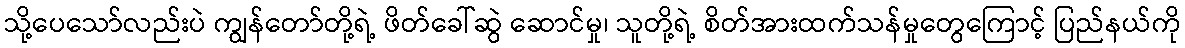
သို့ပေသော်လည်းပဲ ကျွန်တော်တို့ရဲ့ ဖိတ်ခေါ်ဆွဲ ဆောင်မှု၊ သူတို့ရဲ့ စိတ်အားထက်သန်မှုတွေကြောင့် ပြည်နယ်ကို